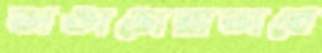
ভাঙাচোরাভাবে